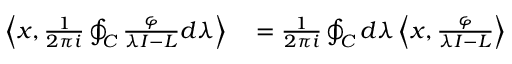
\begin{array} { r l } { \left\langle x , { \frac { 1 } { 2 \pi i } } \oint _ { C } { \frac { \varphi } { \lambda I - L } } d \lambda \right\rangle } & { { } = { \frac { 1 } { 2 \pi i } } \oint _ { C } d \lambda \left\langle x , { \frac { \varphi } { \lambda I - L } } \right\rangle } \end{array}